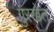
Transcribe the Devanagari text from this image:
गुरखेत